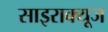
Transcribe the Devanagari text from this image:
साइराक्यूज